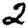
Digit: 2